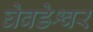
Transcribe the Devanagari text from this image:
घेवडेश्वर